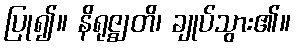
ပြု၍။ နိရုဇ္ဈတိ၊ ချုပ်သွား၏။